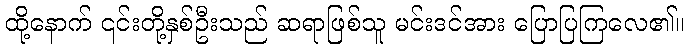
ထို့နောက် ၎င်းတို့နှစ်ဦးသည် ဆရာဖြစ်သူ မင်းဒင်အား ပြောပြကြလေ၏။